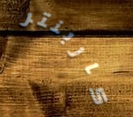
كاربنتر